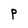
Character: p